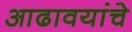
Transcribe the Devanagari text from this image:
आढावयांचे